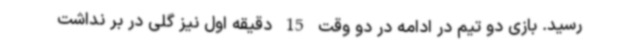
رسید. بازی دو تیم در ادامه در دو وقت 15 دقیقه اول نیز گلی در بر نداشت